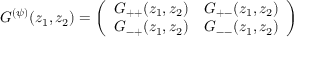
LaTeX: G ^ { ( \psi ) } ( z _ { 1 } , z _ { 2 } ) = \left( \begin{array} { l l } { { G _ { + + } ( z _ { 1 } , z _ { 2 } ) } } & { { G _ { + - } ( z _ { 1 } , z _ { 2 } ) } } \\ { { G _ { - + } ( z _ { 1 } , z _ { 2 } ) } } & { { G _ { -- } ( z _ { 1 } , z _ { 2 } ) } } \end{array} \right)